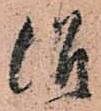
治